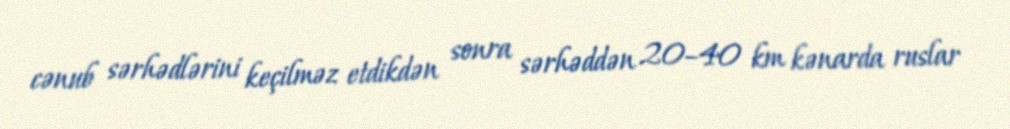
cənub sərhədlərini keçilməz etdikdən sonra sərhəddən 20–40 km kənarda ruslar